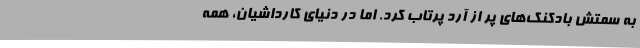
به سمتش بادکنک‌های پر از آرد پرتاب کرد. اما در دنیای کارداشیان، همه